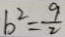
b ^ { 2 } = \frac { 9 } { 2 }